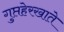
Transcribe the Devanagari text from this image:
गुप्तहेरखाते